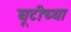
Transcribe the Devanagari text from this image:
घूटीच्या